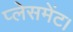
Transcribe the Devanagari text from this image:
प्लेसमेंट।